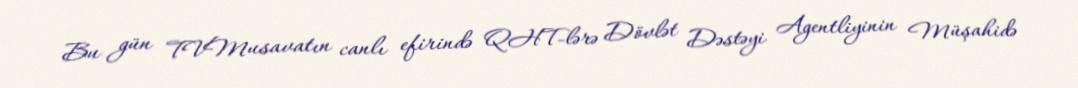
Bu gün TVMusavatın canlı efirində QHT-lərə Dövlət Dəstəyi Agentliyinin Müşahidə